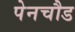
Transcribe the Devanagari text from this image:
पेनचौड